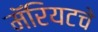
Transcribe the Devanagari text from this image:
मॅरियटचे